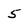
Character: 5